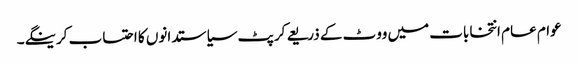
عوام عام انتخابات میں ووٹ کے ذریعے کرپٹ سیاستدانوں کا احتساب کرینگے۔